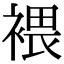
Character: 𧛚